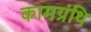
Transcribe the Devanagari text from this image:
कामग्रंथि